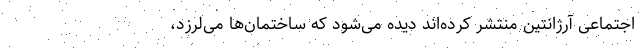
اجتماعی آرژانتین منتشر کرده‌اند دیده می‌شود که ساختمان‌ها می‌لرزد‌،